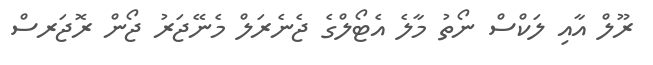
ރޫލް އާއި ލަކްސް ނޯތު މާލެ އެޓޯލްގެ ޖެނެރަލް މެނޭޖަރު ޖޯން ރޮޖަރސް